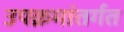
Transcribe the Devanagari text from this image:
उपक्रमांतर्गत